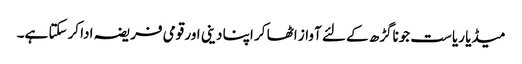
میڈیا ریاست جوناگڑھ کے لئے آواز اٹھا کر اپنا دینی اور قومی فریضہ ادا کرسکتا ہے۔